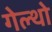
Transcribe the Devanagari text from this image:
गेल्थो